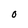
Character: 0